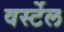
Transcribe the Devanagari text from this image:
वर्स्टेल